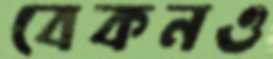
বেকনও